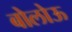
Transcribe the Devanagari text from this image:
बोलोऊ